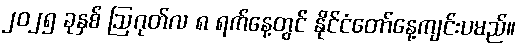
၂၀၂၅ ခုနှစ် ဩဂုတ်လ ၈ ရက်နေ့တွင် နိုင်ငံတော်နေ့ကျင်းပမည်။